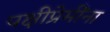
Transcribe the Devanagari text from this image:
पक्षीप्रेमींना